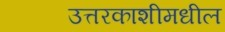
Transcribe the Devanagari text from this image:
उत्तरकाशीमधील